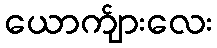
ယောက်ျားလေး